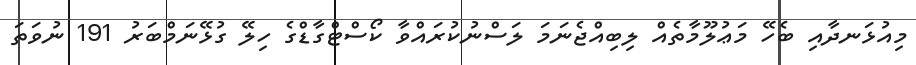
މިއުޅަނދާއި ބެހޭ މަޢުލޫމާތެއް ލިބިއްޖެނަމަ ލަސްނުކުރައްވާ ކޯސްޓްގާޑްގެ ހިލޭ ގުޅޭނަމްބަރު 191 ނުވަތަ